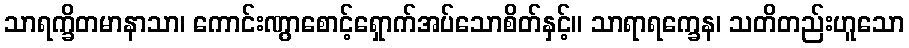
သာရက္ခိတမာနာသာ၊ ကောင်းဏွာစောင့်ရှောက်အပ်သောစိတ်နှင့်။ သာရာရက္ခေန၊ သတိတည်းဟူသော